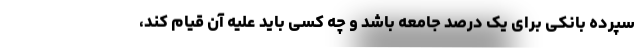
سپرده بانکی برای یک درصد جامعه باشد و چه کسی باید علیه آن قیام کند،